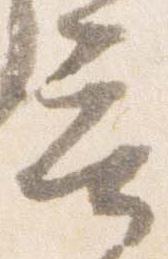
言